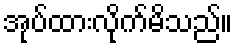
အုပ်ထားလိုက်မိသည်။